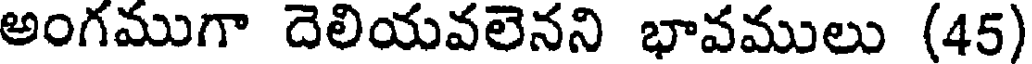
అంగముగా దెలియవలెనని భావములు (45)